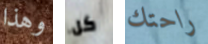
وهذا كل راحتك